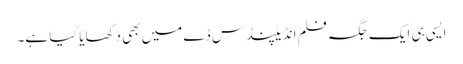
ایسی ہی ایک جگہ فلم انڈیپنڈس ڈے میں بھی دکھایا گیا ہے۔